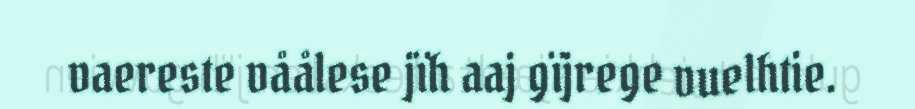
vaereste våålese jïh aaj gïjrege vuelhtie.